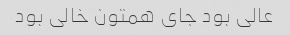
عالی بود جای همتون خالی بود